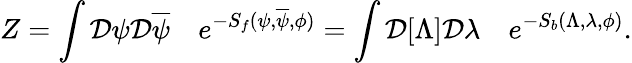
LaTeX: Z=\int{\cal D}\psi{\cal D}\overline{{\psi}}\quad e^{-S_{f}(\psi,\overline{{\psi}},\phi)}=\int{\cal D}[\Lambda]{\cal D}\lambda\quad e^{-S_{b}(\Lambda,\lambda,\phi)}.